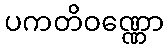
ပကတိဝဏ္ဏော